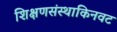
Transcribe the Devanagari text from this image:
शिक्षणसंस्थाकिनवट